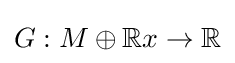
G:M\oplus \mathbb {R} x\to \mathbb {R}